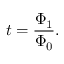
t = \frac { \Phi _ { 1 } } { \Phi _ { 0 } } .